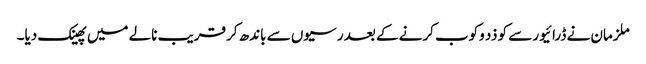
ملزمان نے ڈرائیور سے کو ذد وکوب کرنے کے بعد رسیوں سے باندھ کر قریب نالے میں پھینک دیا۔